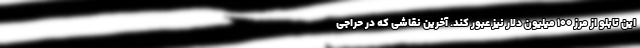
این تابلو از مرز ۱۰۰ میلیون دلار نیز عبور کند. آخرین نقاشی که در حراجی